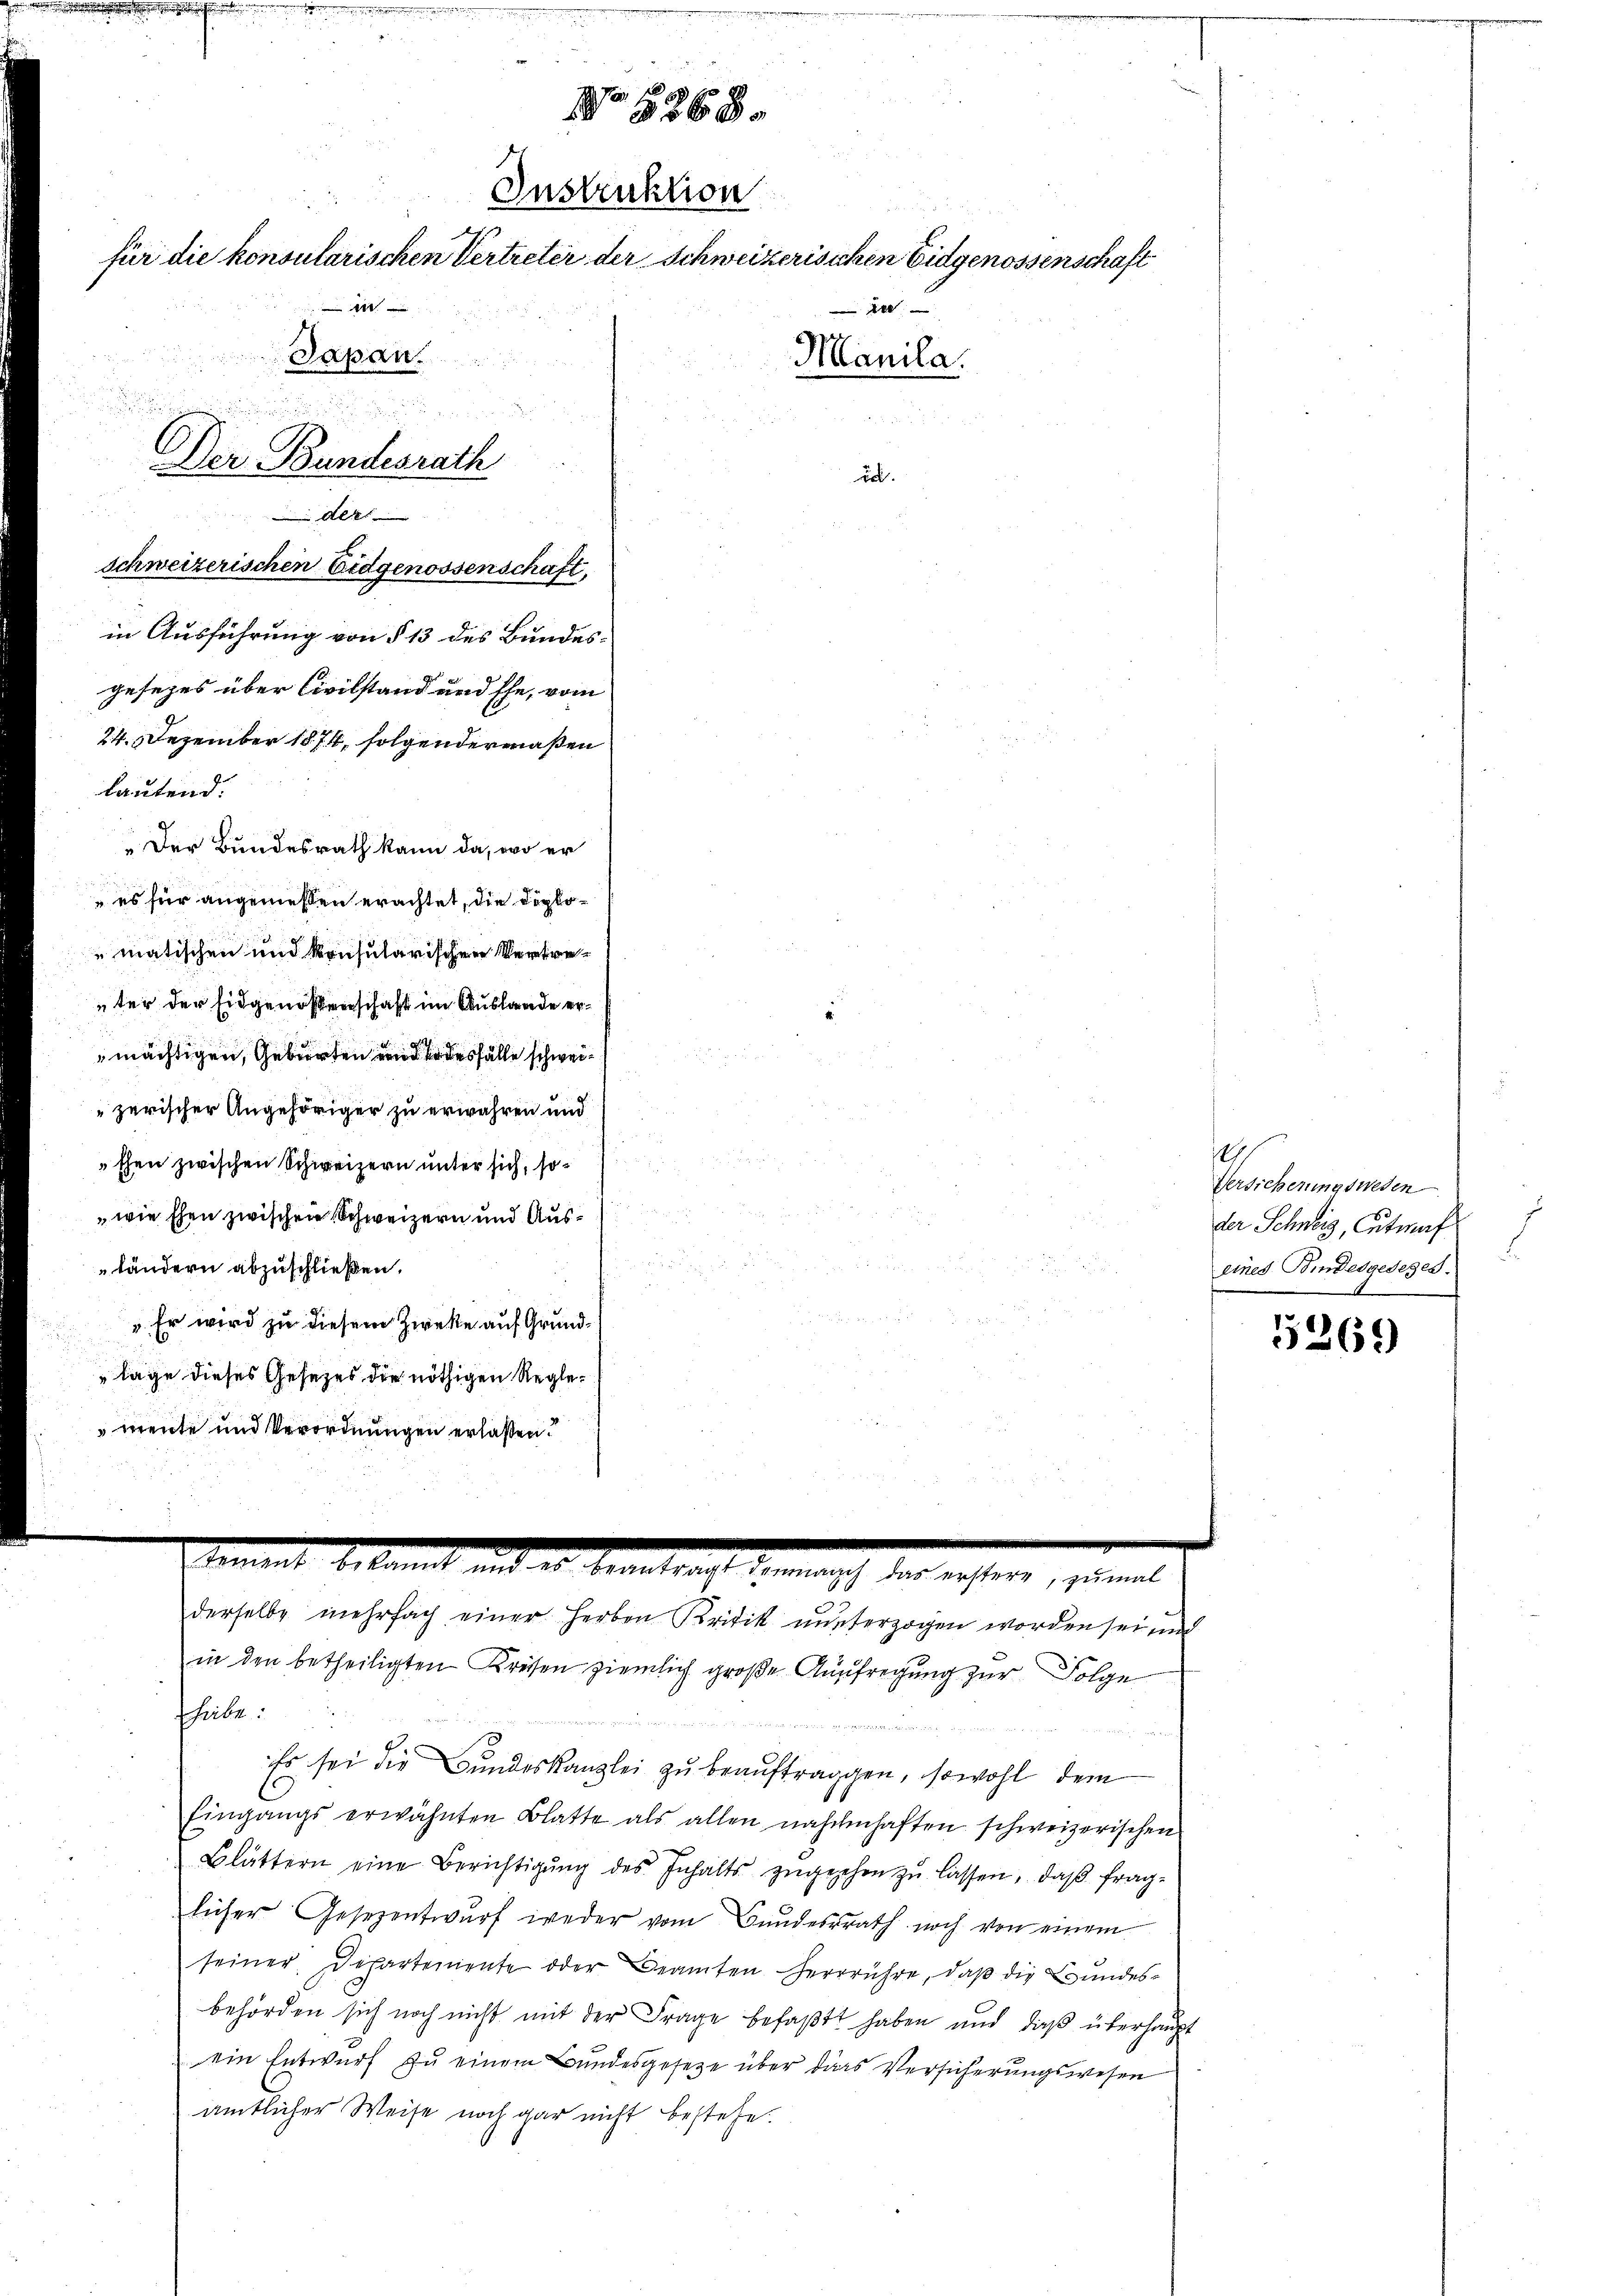
Instruktion
für die konsularischen Vertreter der Schweizerisichen Eidgenossenschaft

Sapan.
d
Der Bundesrath
d

tement bekannt

schweizerischen Eidgenossenschaft,
in Ausführung von § 13 des Bundes-
gesezes über Civilstand und Ehe, vom
24. Dezember 1874, folgendermaßen
lautend.
"Der Bundesrath kann da, wo er
 es für angemessen erachtet, die Depkomatischen und konsularischen Vertreter der Eidgenossenschaft im Auslande ermächtigen, Geburten und desfälle schweizerischer Angehöriger zu erwahren und
then zwischen Schweizern unter sich, sowie Ehen zwischen Schweizern und Ausländern abzuschließen.
 Er wird zu diesem Zwecke auf Grundlage dieses Gesezes die nöthigen Reglemente und Verordnungen erlaßen.

a 10
 3868.

derselbe mehrfach einer Herben Kritik musterzogen worden sei und

Manila.

in den betheiligten Kreisen ziemlich große Aufregung zur Folge
habe:
Es sei die Bundeskanzlei zu beaŭftraggen, sowohl dem
C
Eingangs erwähnten Blatte als allen nahmhaften schweizerischen
Blättern eine Berichtigŭng des Inhalts zŭgesehen zŭ lassen, daß fraglicher Gesezentwŭrf weder vom Bundesrath noch von einem
seiner Departemente oder Beamten Herrrühre, daß die Bundesbehörden sich noch nicht mit der Frage befaßt haben und daß überhaupt
ein Entwurf zu einem Bundesgesetze über das Versicherungswesen
amtlicher Weise noch gar nicht bestehe.

itere, zumal

1

Versicherungswesen
der Schweiz, Gutmaf
.
eines Bindesgeseges.

5269